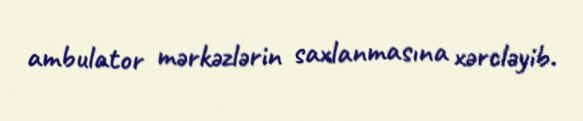
ambulator mərkəzlərin saxlanmasına xərcləyib.